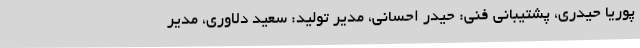
پوریا حیدری، پشتیبانی فنی: حیدر احسانی، مدیر تولید: سعید دلاوری، مدیر